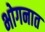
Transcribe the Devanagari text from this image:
भोगनात